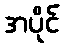
အပိုင်